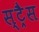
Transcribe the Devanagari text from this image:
स्ट्रैस